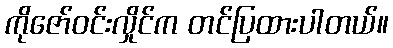
ကိုဇော်ဝင်းလှိုင်က တင်ပြထားပါတယ်။